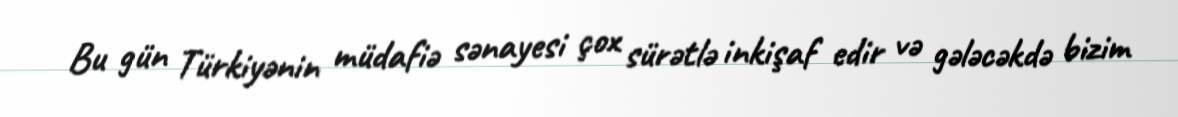
Bu gün Türkiyənin müdafiə sənayesi çox sürətlə inkişaf edir və gələcəkdə bizim